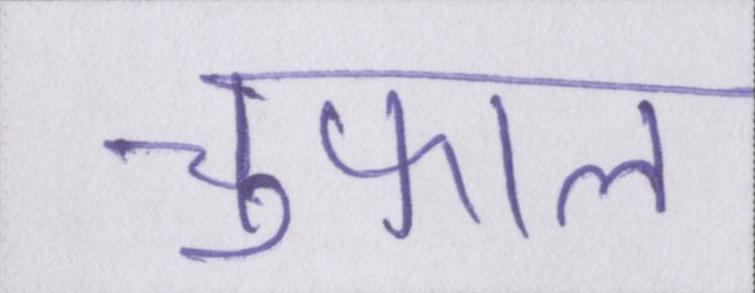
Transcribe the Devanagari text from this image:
चुफाल